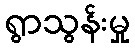
ရွာသွန်းမှု